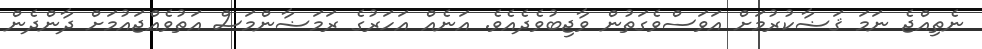
ނެތިއްޖެ ނަމަ ޤަޟާކުރުމަށް އަވަސްވެގަތުން ވާޖިބުވެދެއެވެ. އަނެއް އަހަރުގެ ރަމަޟާންމަސް އަތުވެއްޖައުމަށް ދާންދެން